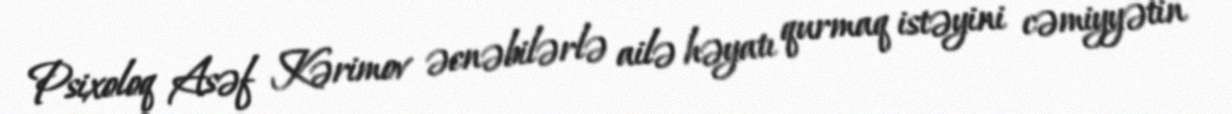
Psixoloq Asəf Kərimov əcnəbilərlə ailə həyatı qurmaq istəyini cəmiyyətin